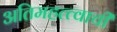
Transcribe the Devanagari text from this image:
अतिमहत्त्वाची